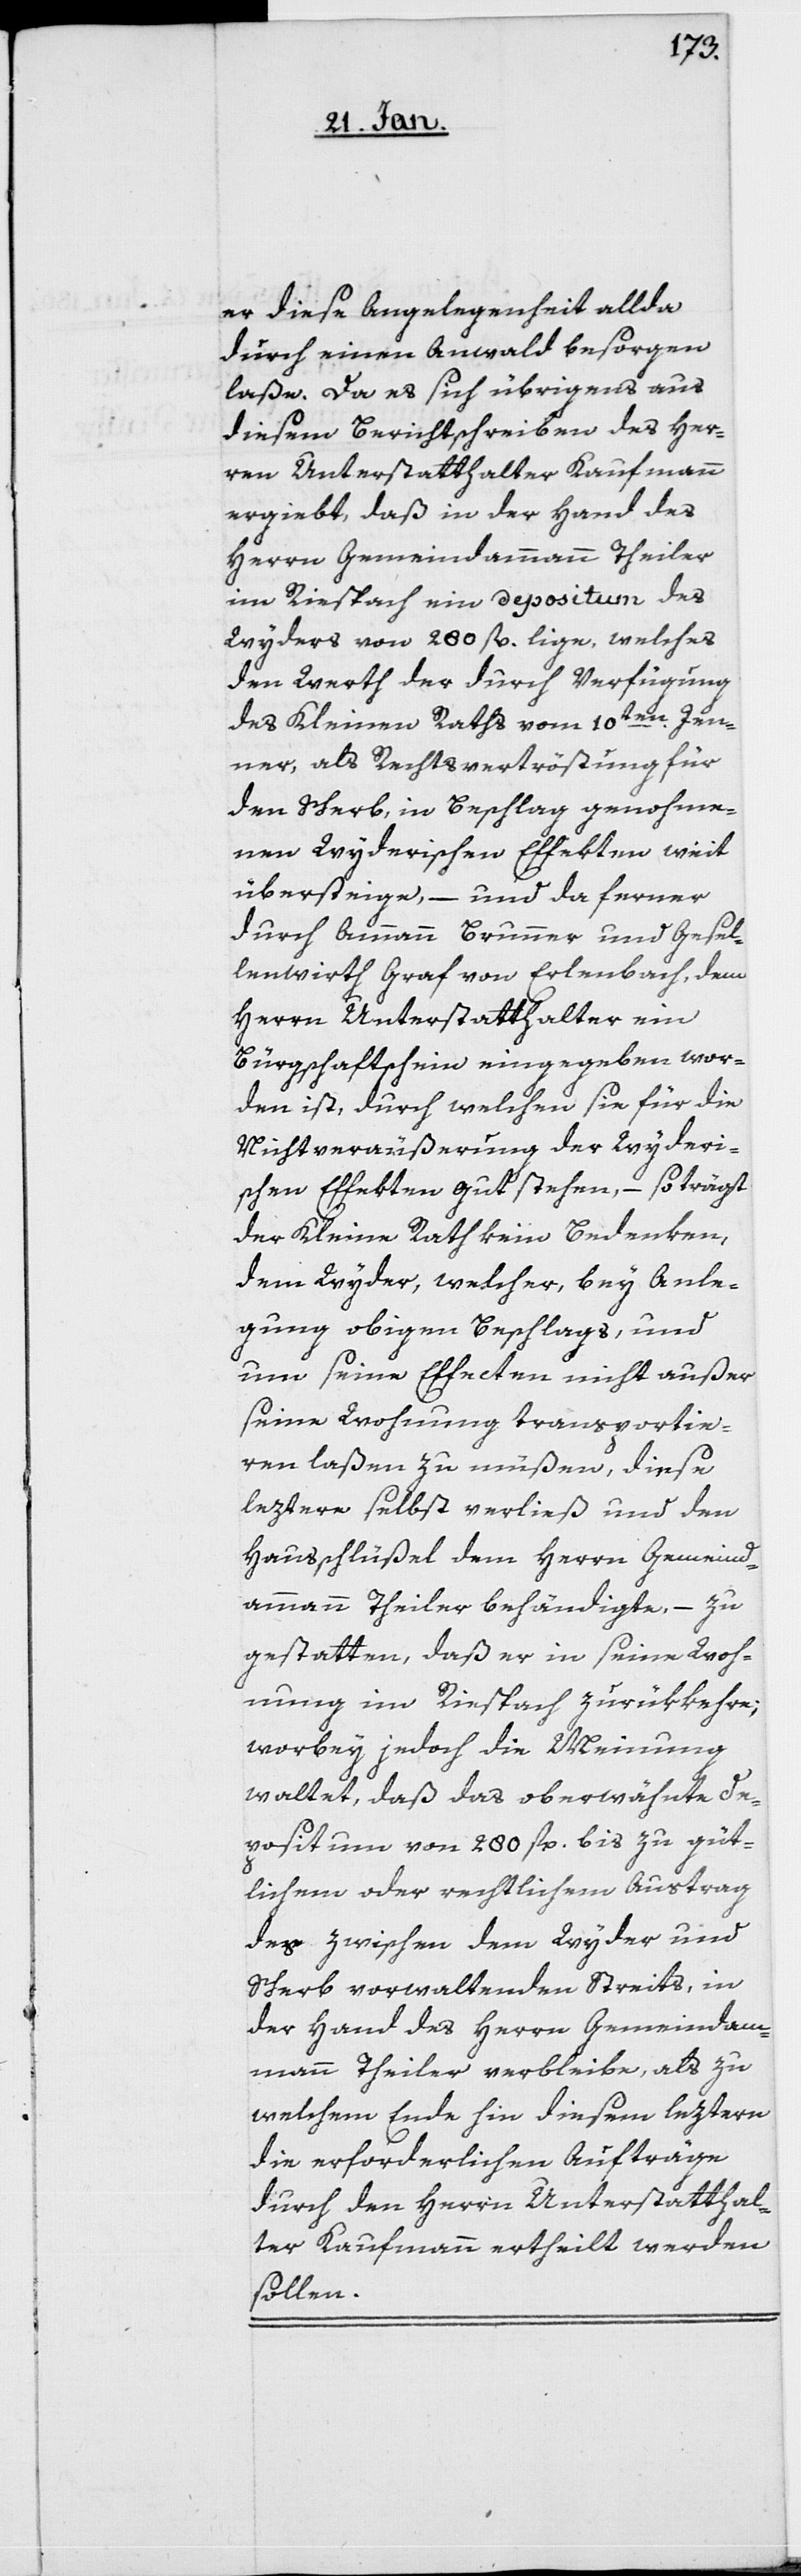
er diese Angelegenheit allda
durch einen Anwald besorgen
laße. Da es sich übrigens aus
diesem Berichtschreiben des Her¬
ren Unterstatthalter Kaufmann
ergiebt, daß in der Hand des
Herrn Gemeindeammann Theiler
im Riespach ein Depositum des
Wyders von 280 fl. lige, welches
den Werth der durch Verfügung
des Kleinen Raths vom 10ten. Jen¬
ner, als Rechtsvertröstung für
den Scherb, in Beschlag genohme¬
nen Wyderischen Effekten weit
übersteige, – und da ferner
durch Ammann Brunner und Gesel¬
lenwirth Graf von Erlenbach, dem
Herrn Unterstatthalter ein
Bürgschaftschein eingegeben wor¬
den ist, durch welchen sie für die
Nichtveräußerung der Wyderi¬
schen Effekten gut stehen, – so trägt
der Kleine Rath kein Bedenken,
dem Wyder, welcher, bey Anle¬
gung obigen Beschlags, und
um seine Effecten nicht außer
seine Wohnung transportie¬
ren laßen zu müßen, diese
leztere selbst verließ und den
Hausschlüßel dem Herrn Gemeind¬
ammann Theiler behändigte, – zu
gestatten, daß er in seine Woh¬
nung im Riespach zurükkehre;
worbey jedoch die Meinung
waltet, daß das oberwähnte De¬
positum von 280 fl. bis zu güt¬
lichem oder rechtlichem Austrag
des zwischen dem Wyder und
Scherb vorwaltenden Streits, in
der Hand des Herrn Gemeindeam¬
mann Theiler verbleibe, als zu
welchem Ende hin diesem leztern
die erforderlichen Aufträge
durch den Herrn Unterstatthal¬
ter Kaufmann ertheilt werden
sollen.